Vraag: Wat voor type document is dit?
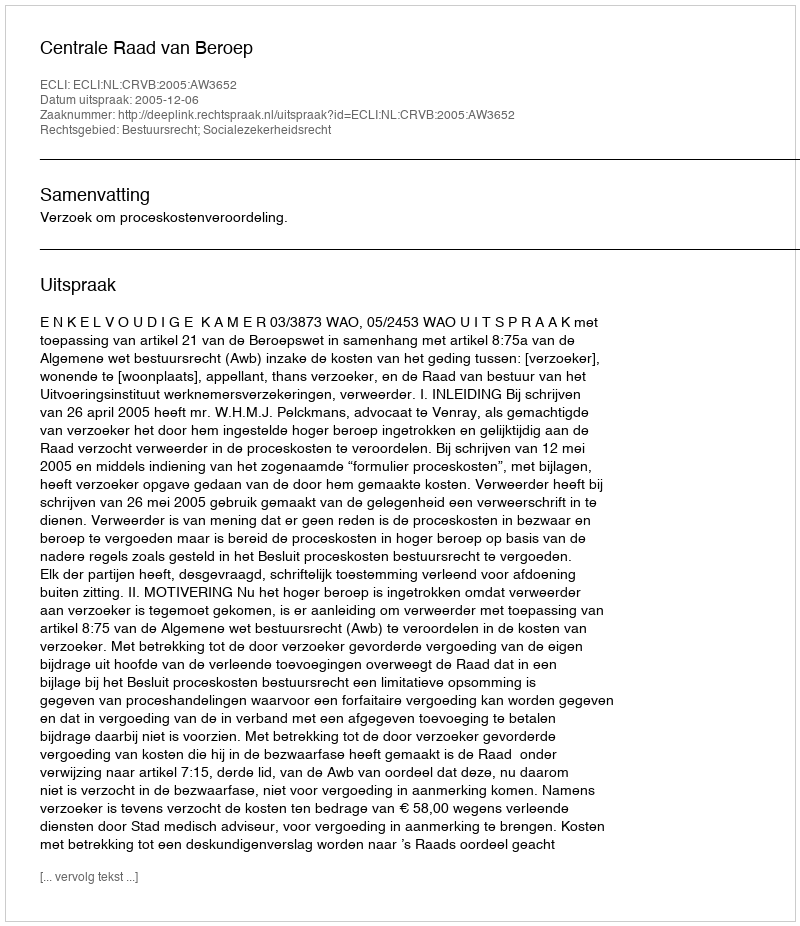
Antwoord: Uitspraak